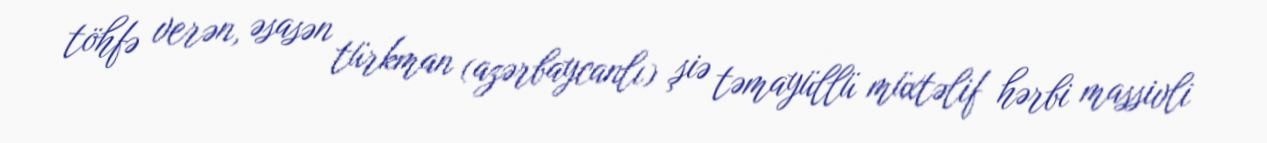
töhfə verən, əsasən türkman (azərbaycanlı) şiə təmayüllü müxtəlif hərbi massivli